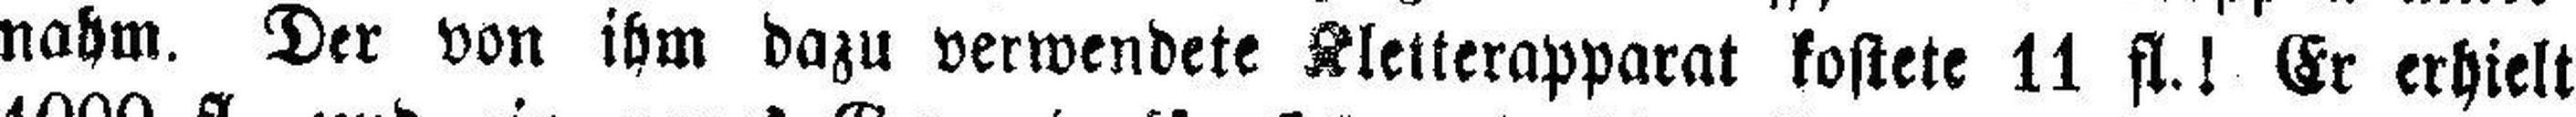
nahm. Der von ihm dazu verwendete Kletterapparat kostete 11 fl.! Er erhielt